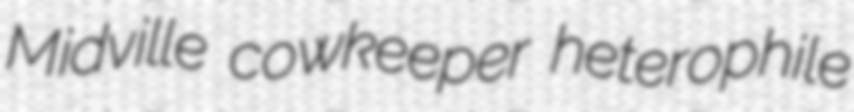
Midville cowkeeper heterophile